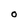
Character: O